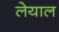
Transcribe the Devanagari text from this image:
लेयाल